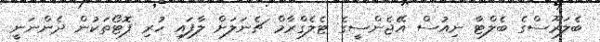
ބެލަރޫސްގެ ބެލްޓާ ނިއުސް އޭޖެންސީގެ ޓެލެގްރާމް ޗެނަލަށް ލާފައި ހުރި ފޮޓޯތަކުން ދެންނަނީ